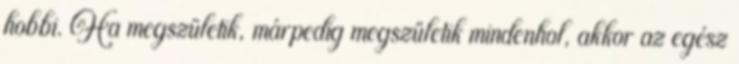
hobbi. Ha megszületik, márpedig megszületik mindenhol, akkor az egész